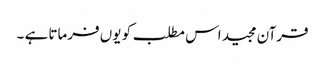
قرآن مجید اس مطلب کو یوں فرماتا ہے ۔